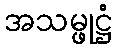
အသမ္ဖုဋ္ဌံ